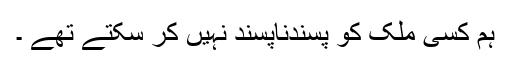
ہم کسی ملک کو پسندناپسند نہیں کر سکتے تھے ۔